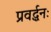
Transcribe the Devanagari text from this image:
प्रवर्द्धनः